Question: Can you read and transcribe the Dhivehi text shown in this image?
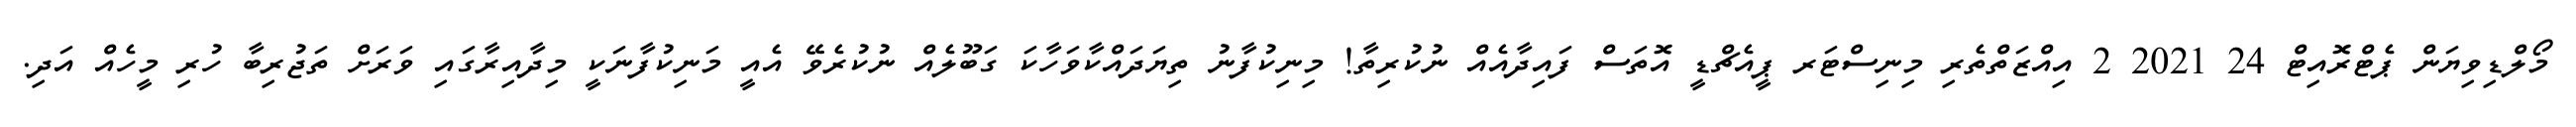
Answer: މޯލްޑިވިޔަން ޕެޓްރޮއިޓް 24 2021 2 އިއްޒަތްތެރި މިނިސްޓަރ ޕީއެޗްޑީ އޮތަސް ފައިދާއެއް ނުކުރިތާ! މިނިކުފާނު ތިޔަދައްކާވަހާކަ ގަބޫލެއް ނުކުރެވޭ އެއީ މަނިކުފާނަކީ މިދާއިރާގައި ވަރަށް ތަޖުރިބާ ހުރި މީހެއް އަދި.